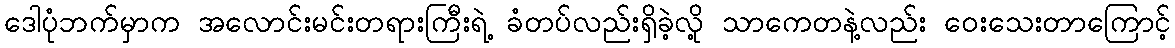
ဒေါပုံဘက်မှာက အလောင်းမင်းတရားကြီးရဲ့ ခံတပ်လည်းရှိခဲ့လို့ သာကေတနဲ့လည်း ဝေးသေးတာကြောင့်